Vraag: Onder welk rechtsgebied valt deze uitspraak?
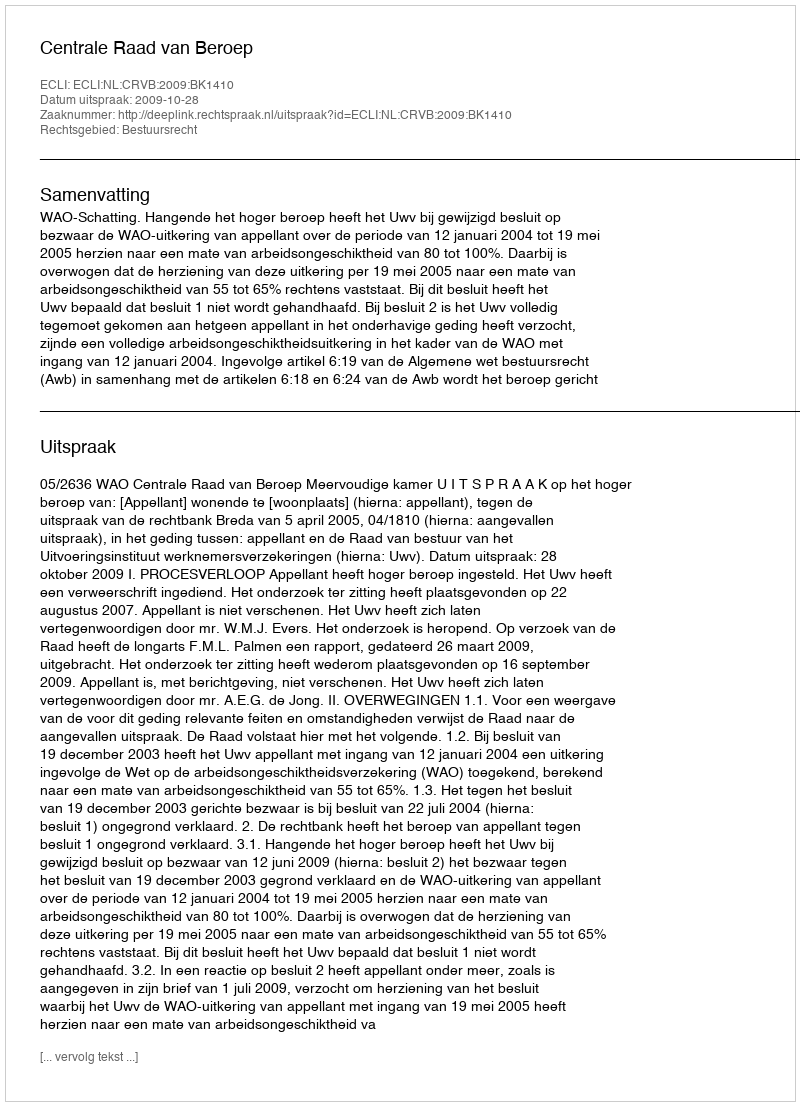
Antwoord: Bestuursrecht